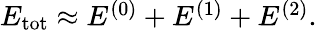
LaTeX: \begin{array}{r}{E_{\mathrm{tot}}\approx E^{(0)}+E^{(1)}+E^{(2)}.}\end{array}